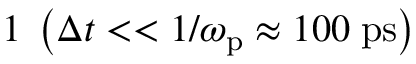
1 \; \left( \Delta t < < 1 / \omega _ { \mathrm { p } } \approx 1 0 0 \; \mathrm { p s } \right)